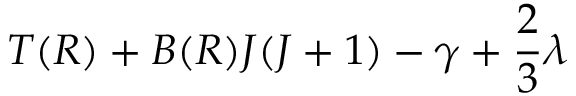
T ( R ) + B ( R ) J ( J + 1 ) - \ensuremath { \gamma } + \frac { 2 } { 3 } \ensuremath { \lambda }